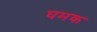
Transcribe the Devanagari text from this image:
घमक